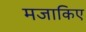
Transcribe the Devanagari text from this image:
मजाकिए